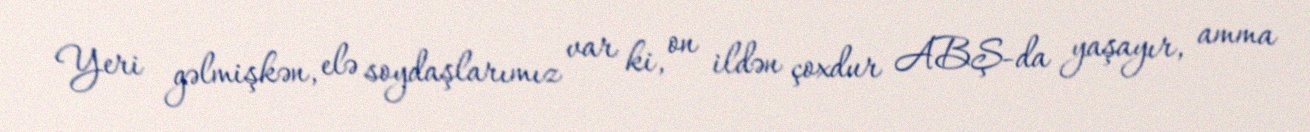
Yeri gəlmişkən, elə soydaşlarımız var ki, on ildən çoxdur ABŞ-da yaşayır, amma